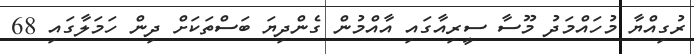
ރުގިއްޔާ މުހައްމަދު މޫސާ ސީރިއާގައި އާއްމުން ގެންދިޔަ ބަސްތަކަށް ދިން ހަމަލާގައި 68